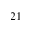
2 1